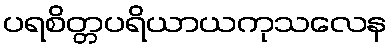
ပရစိတ္တပရိယာယကုသလေန